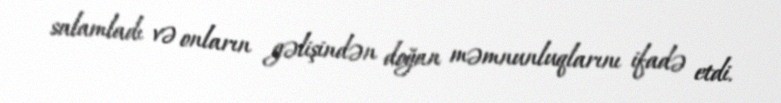
salamladı və onların gəlişindən doğan məmnunluqlarını ifadə etdi.